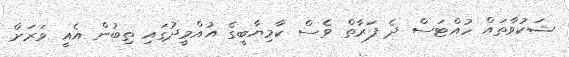
ޝަކުވާތައް ހުއްޓަސް ދެ ފަރާތް ވެސް ކާމިޔާބީގެ އުއްމީދުގައި ތިބުން އެއީ ވަރަށް